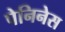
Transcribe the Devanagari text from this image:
पेनिनेस